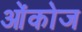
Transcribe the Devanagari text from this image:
ओंकोज